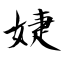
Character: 婕